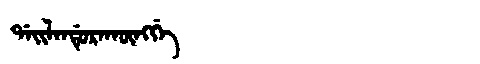
Manchu: ᡩᠠᡳᠯᠠᠨᡩᡠᡵᠠᡴᡡᠩᡤᡝ
Romanization: DAILANDURAKŪNGGE